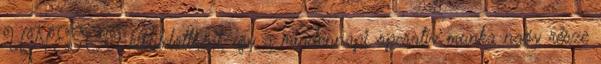
UNESCO kiküldöttként, így a mindennapi operatív munka nagy része